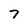
Character: 7